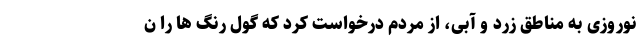
نوروزی به مناطق زرد و آبی، از مردم درخواست کرد که گول رنگ ها را ن